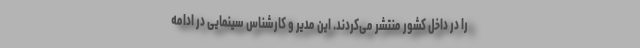
را در داخل کشور منتشر می‌کردند. این مدیر و کارشناس سینمایی در ادامه